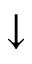
\downarrow